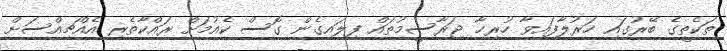
ތަކެތީގެ ބޭރުގައި ހަރުލާފައިވާ ހުރިހާ ޖަރާސީމުތައް ފިލައިގެން ގޮސް ކެއުމަށް ރައްކާތެރި އެއްޗިއްސަށް